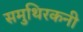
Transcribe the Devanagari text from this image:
समुथिरकनी